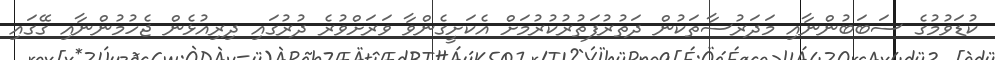
ކުޑަވުމުގެ ސަބަބުންނާއި މަދަރުސާތަކުން ދަތުރުފަތުރުކުރުމަށް އެކަށީގެންވާ ވަރަށްވުރެ ދުރުގައި ދިރިއުޅެން ޖެހުމުންނާއި ގޭގައި